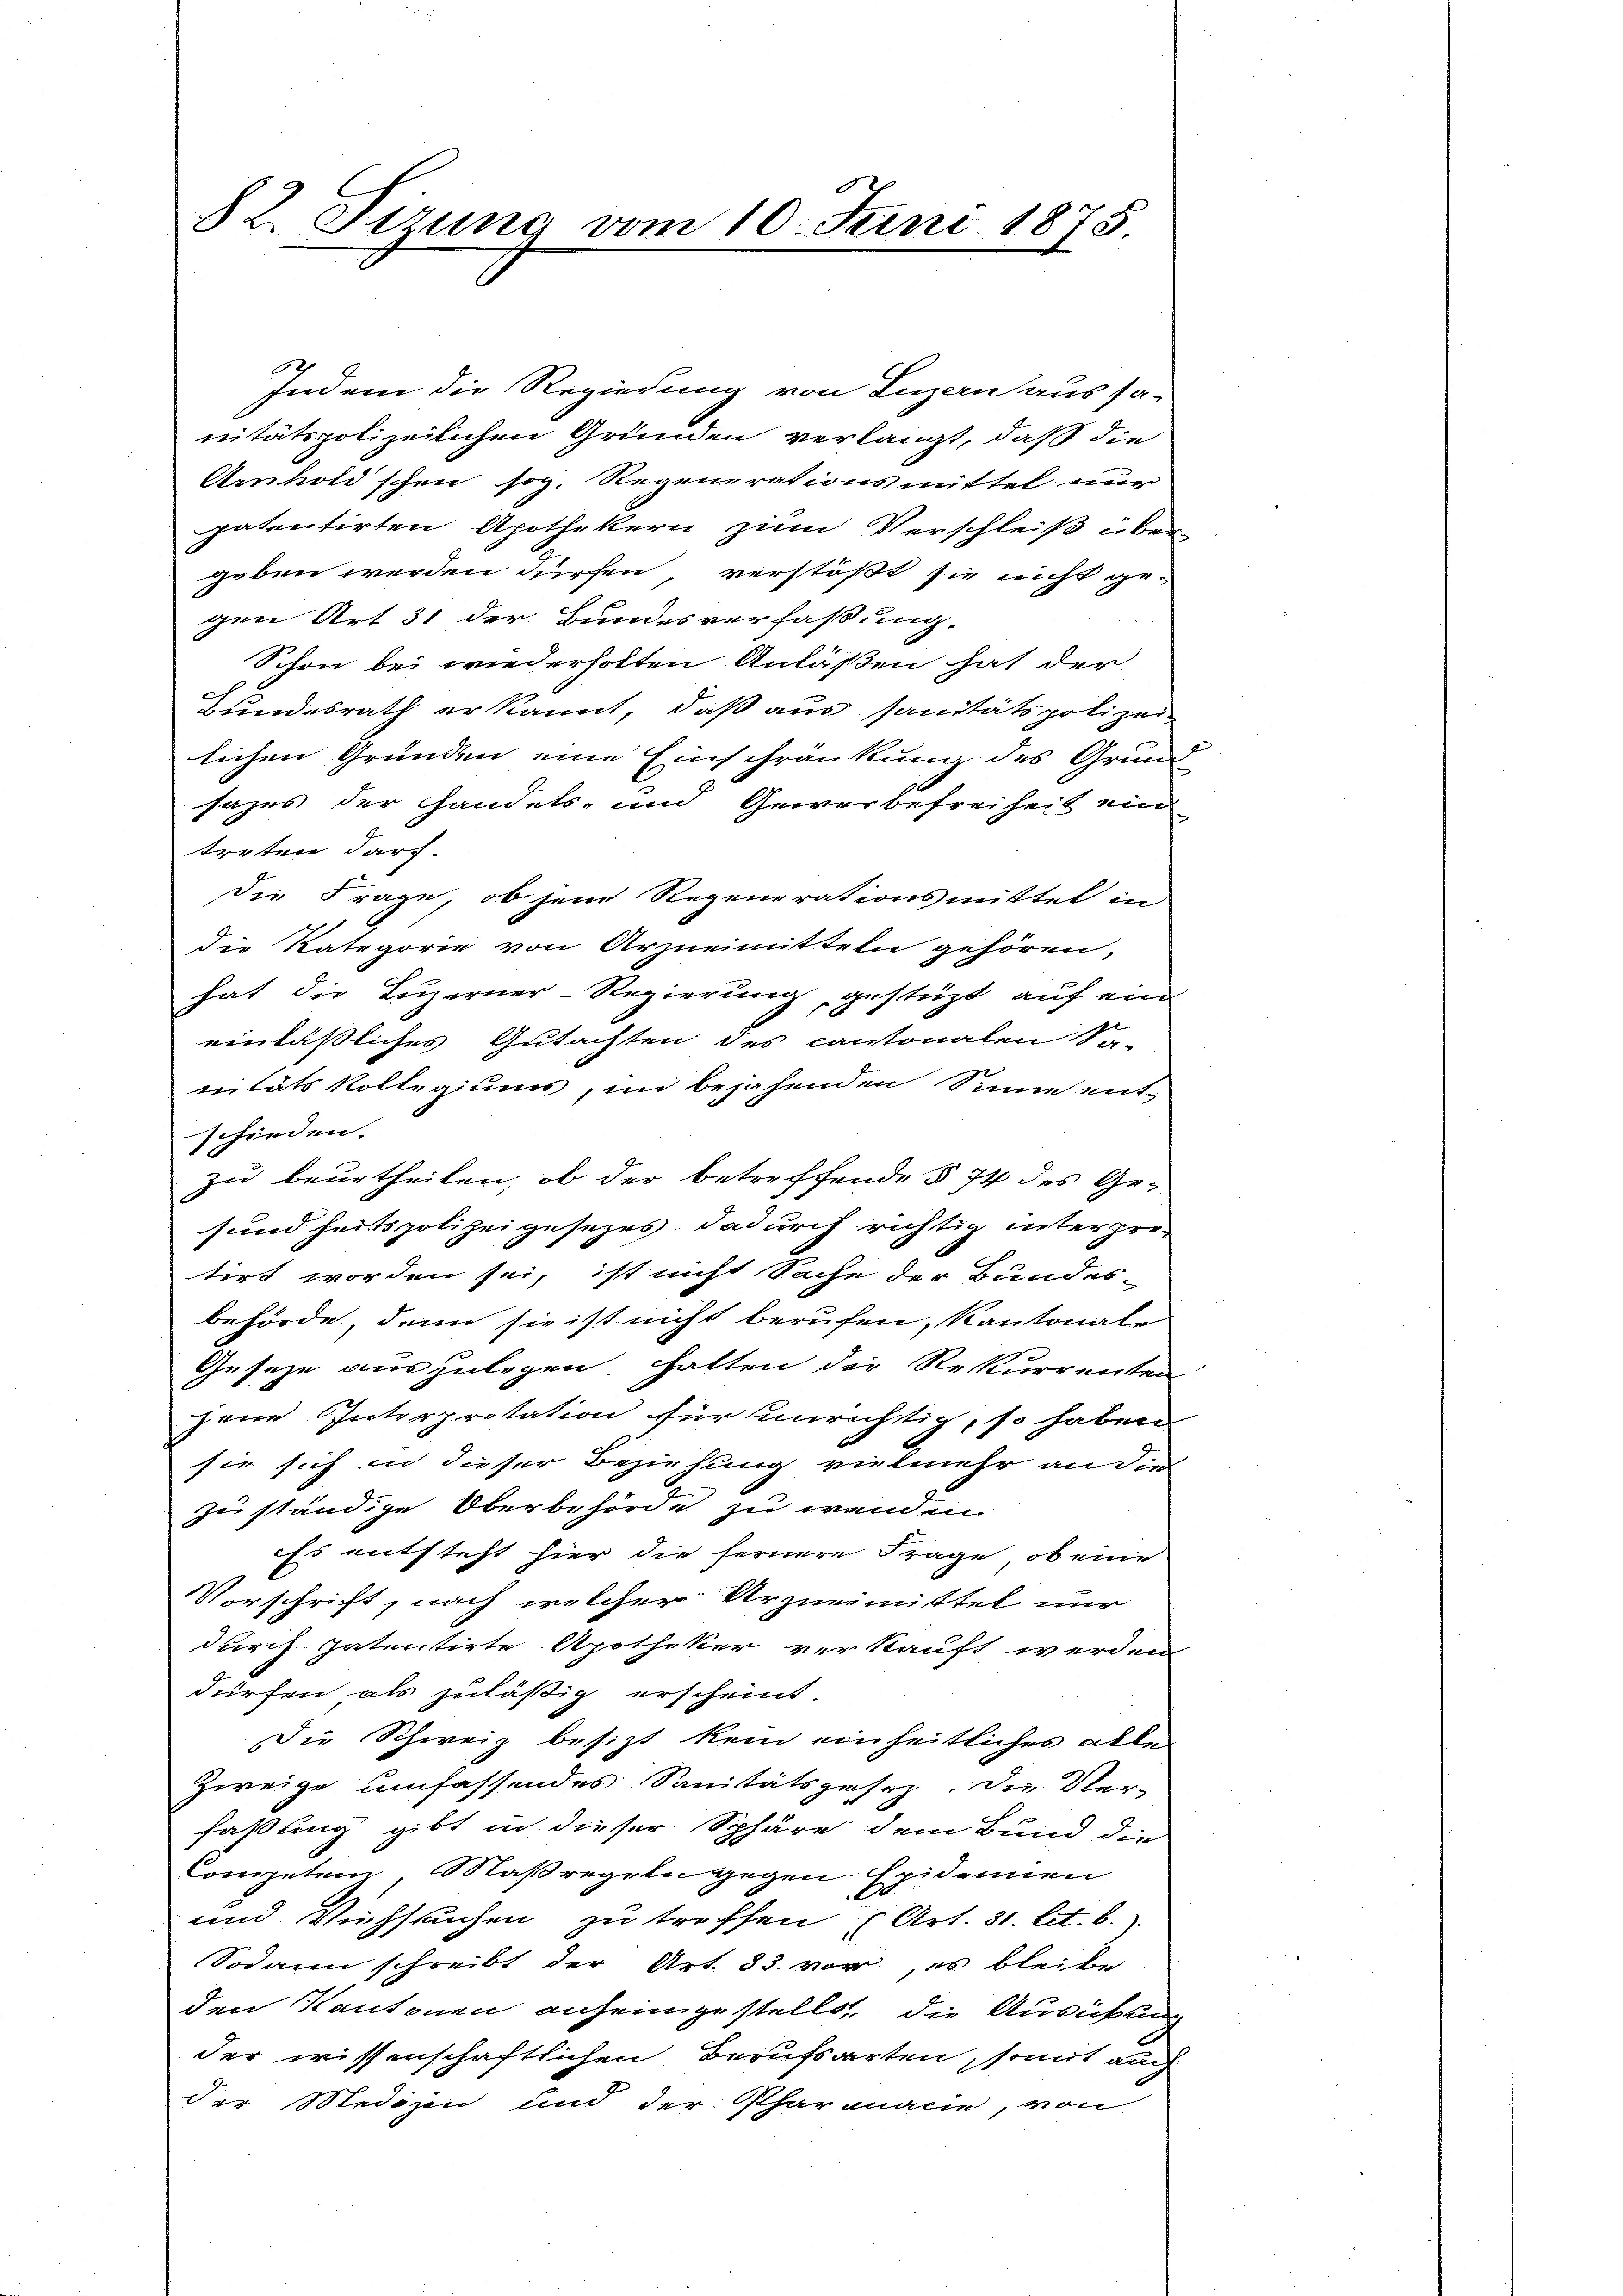
82. Sizung vom 10. Juni 1875

Indem die Regierung von Luzern aus sa-
nitätspolizeilichen Gründen verlangt, daß die
Anholdschen sog. Regenerationsmittel nur
patentirten Apothekern zum Verschleiß über-
geben werden dürfen, verstößt sie nicht ge-
gen Art 31 der Bundesverfassung.
Schon bei wiederholten Anläßen hat der
Zundesrath erkannt, daß aus sanitätspolizei
lichen Gründen eine Einschränkung des Grund
sazes der Handels- und Gewerbefreiheit ein
treten darf.
die Frage, ob jene Regenerationsmittel in
die Kategorie von Arzneimitteln gehören,
hat die Luzerner-Regierung, gestüzt auf ein
einlässliches Gutachten des cantonalen Sa-
vitäts Kollegiums, im bejahenden Sinne ent-
schieden.
zu beurtheilen, ob der betreffende § 74 des Gesundheitspolizeigesezes dadurch richtig unterpretirt worden sei, ist nicht Sache der Bundes-
behörde, denn sie ist nicht berufen, Kantonale
Gesetze auszulegen. Halten die Rekurrenten
jene Interpretation für unrichtig, so haben
sie sich in dieser Beziehung vielmehr an die
zuständige Oberbehörde zu wenden
Es entsteht hier die fernere Frage, ob eine
Vorschrift, nach welcher Urzneimittel nur
durch patentirte Apotheker verkauft werden.
dürfen als zuläßig erscheint.
Die Schweiz besizt kein einheitliches alle
Zweige umfassendes Sanitätsgesez. Die Ver-
faßung gibt in dieser Sphäre dem Bund die
Competen Maßregeln gegen Epidemien
und Viehseuchen zu treffen (Art. 31. lit. b.)
Sodann schreibt der Art. 33. vor, es bleibe
den Kantonen anheimgestellt, die Ausübung
der wissenschaftlichen Berufsarten, somit auch
der Medizin und der Pharmanie, von